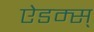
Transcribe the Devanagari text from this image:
ऐडम्स्‌